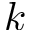
k